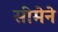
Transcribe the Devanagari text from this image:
सीमेने